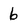
Character: 6